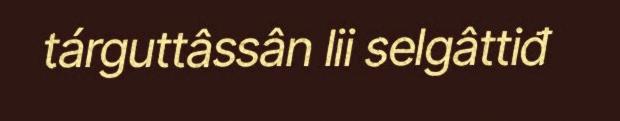
tárguttâssân lii selgâttiđ